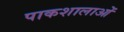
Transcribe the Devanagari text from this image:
पाकशालाओं